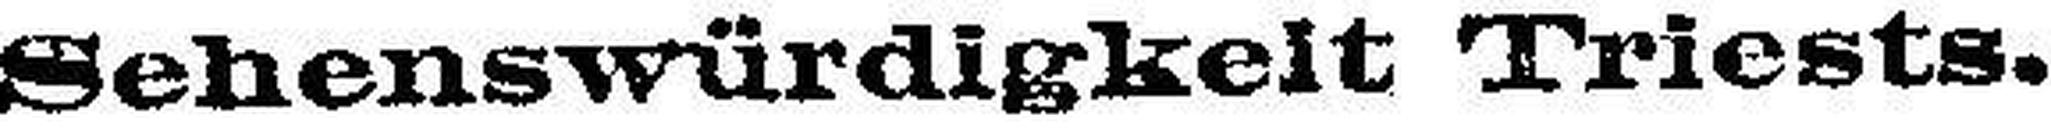
Sehenswürdigkeit Triests.